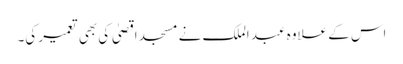
اس کے علاوہ عبد الملک نے مسجد اقصیٰ کی بھی تعمیر کی۔